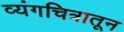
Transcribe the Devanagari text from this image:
व्यंगचित्रातून